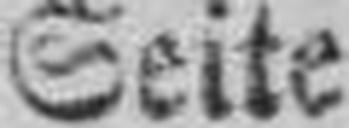
Seite 7